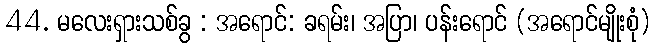
44. မလေးရှားသစ်ခွ : အရောင်: ခရမ်း၊ အပြာ၊ ပန်းရောင် (အရောင်မျိုးစုံ)